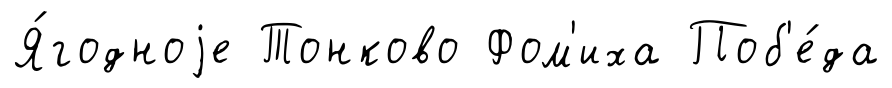
Я́годноjе Тонково Фом'иха Поб'е́да